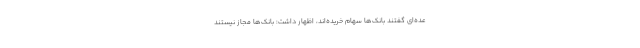
عده‌ای گفتند بانک‌ها سهام خریده‌اند، اظهار داشت: بانک‌ها مجاز نیستند